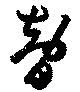
智